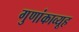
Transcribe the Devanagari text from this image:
गुणांकाव्यूह